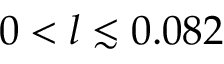
0 < l \lesssim 0 . 0 8 2